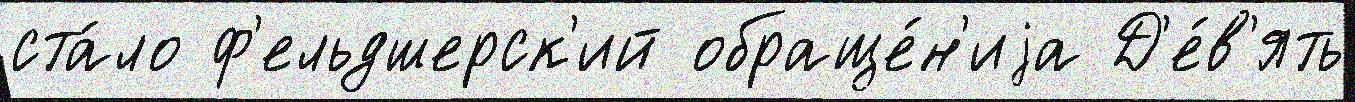
ста́ло ф'ельдшерск'ий обраще́н'иjа Д'е́в'ять